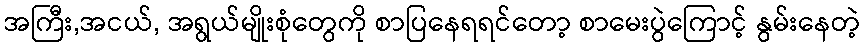
အကြီး,အငယ်, အရွယ်မျိုးစုံတွေကို စာပြနေရရင်တော့ စာမေးပွဲကြောင့် နွမ်းနေတဲ့